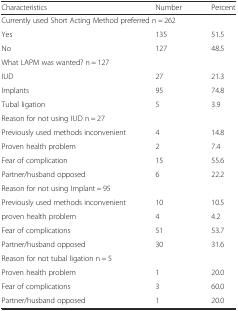
| Characteristics | Number | Percent |
 | --- | --- | --- |
 | <COLSPAN=3> Currently used Short Acting Method preferred n = 262 |
 | Yes | 135 | 51.5 |
 | No | 127 | 48.5 |
 | <COLSPAN=3> What LAPM was wanted? n = 127 |
 | IUD | 27 | 21.3 |
 | Implants | 95 | 74.8 |
 | Tubal ligation | 5 | 3.9 |
 | <COLSPAN=3> Reason for not using IUD n = 27 |
 | Previously used methods inconvenient | 4 | 14.8 |
 | Proven health problem | 2 | 7.4 |
 | Fear of complication | 15 | 55.6 |
 | Partner/husband opposed | 6 | 22.2 |
 | <COLSPAN=3> Reason for not using Implant = 95 |
 | Previously used methods inconvenient | 10 | 10.5 |
 | proven health problem | 4 | 4.2 |
 | Fear of complications | 51 | 53.7 |
 | Partner/husband opposed | 30 | 31.6 |
 | <COLSPAN=3> Reason for not tubal ligation n = 5 |
 | Proven health problem | 1 | 20.0 |
 | Fear of complications | 3 | 60.0 |
 | Partner/husband opposed | 1 | 20.0 |